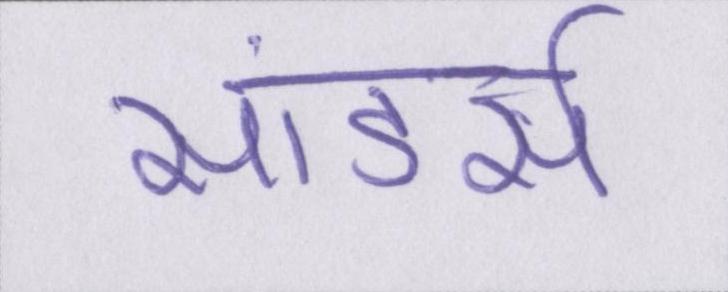
सांडर्स